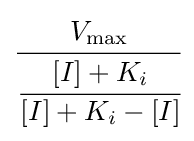
{\cfrac {V_{\max }}{\cfrac {[I]+K_{i}}{[I]+K_{i}-[I]}}}